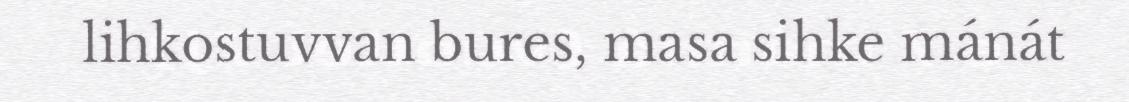
lihkostuvvan bures, masa sihke mánát